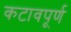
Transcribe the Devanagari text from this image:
कटावपूर्ण